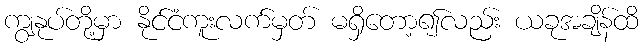
ကျွနုပ်တို့မှာ နိုင်ငံကူးလက်မှတ် မရှိတော့၍လည်း ယခုအချိန်ထိ